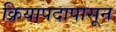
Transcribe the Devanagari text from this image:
क्रियापदापासून